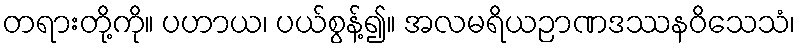
တရားတို့ကို။ ပဟာယ၊ ပယ်စွန့်၍။ အလမရိယဉာဏဒဿနဝိသေသံ၊